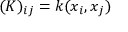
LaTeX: ( K ) _ { i j } = k ( x _ { i } , x _ { j } )